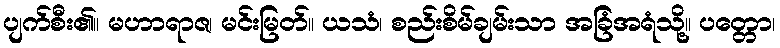
ပျက်စီး၏။ မဟာရာဇ၊ မင်းမြတ်။ ယသံ၊ စည်းစိမ်ချမ်းသာ အခြံအရံသို့။ ပတ္တော၊